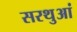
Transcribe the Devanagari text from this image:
सरथुआं